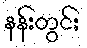
နန်းတွင်း